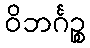
ဝိဘင်္ဂဉ္စ